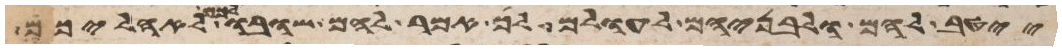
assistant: ייטב להם ולבניהם לעולם לך אמר להם שובו לכם לאהליכם